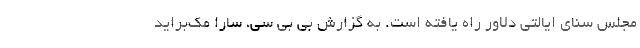
مجلس سنای ایالتی دلاور راه یافته است. به گزارش بی بی سی، سارا مک‌براید